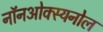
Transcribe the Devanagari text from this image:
नॉनओक्स्यनोल